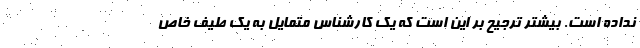
نداده است. بیشتر ترجیح بر این است که یک کارشناس متمایل به یک طیف خاص